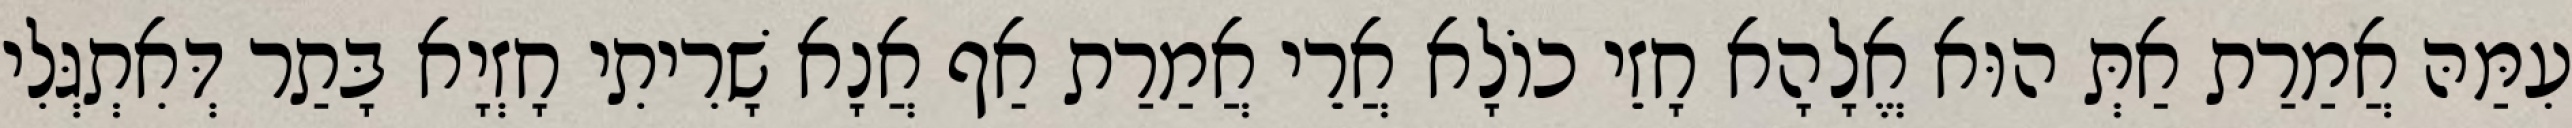
עִמַּהּ אֲמַרַת אַתְּ הוּא אֱלָהָא חָזֵי כוֹלָא אֲרֵי אֲמַרַת אַף אֲנָא שָׁרִיתִי חָזְיָא בָּתַר דְּאִתְגְּלִי